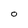
Character: O